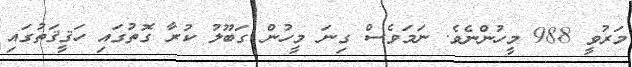
މަރުވީ 988 މީހުންނެވެ. ނަމަވެސް ގިނަ މީހުން ގަބޫލު ކުރާ ގޮތުގައި ހަޤީޤަތުގައި